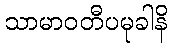
သာမာဝတီပမုခါနိ